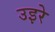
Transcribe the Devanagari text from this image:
उइरे